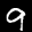
Label: 9